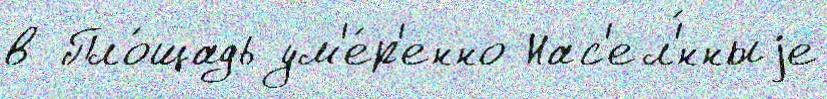
в Пло́щадь ум'е́р'енно Нас'ел'́нныjе